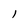
Character: 1